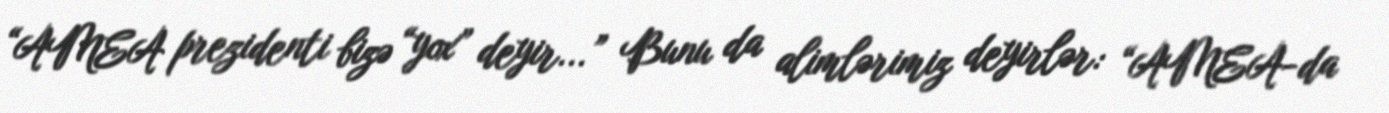
“AMEA prezidenti bizə “yox” deyir...” Bunu da alimlərimiz deyirlər: “AMEA-da